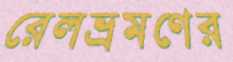
রেলভ্রমণের